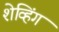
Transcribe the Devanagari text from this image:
शेव्हिंग